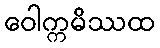
ဝေါက္ကမိဿထ